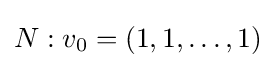
N:v_{0}=(1,1,\ldots ,1)